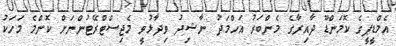
އެމްޑީޕީގެ ކޮމަންޑޫ ދާއިރާގެ މެންބަރު އަހްމަދު ނާޝިދު ވިދާޅުވީ މެޖިސްޓްރޭޓުންނަށް ކޮންމެ މަހަކު